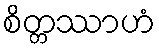
စိတ္တဿာဟံ